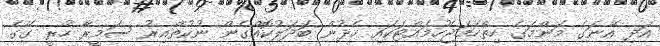
އަދި އޭނަގެ މަންމަގެ ހިތްހަމަޖެހުމައްޓަކައި ހެދުން ބަދަލުކޮއްގެން ނުކުތްއިރު ސަމީރާ ހުރީ ގޭގެ